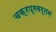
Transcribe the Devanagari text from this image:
चक्रप्रवर्तन